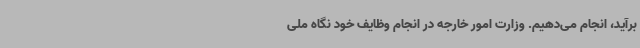
برآید، انجام می‌دهیم. وزارت امور خارجه در انجام وظایف خود نگاه ملی